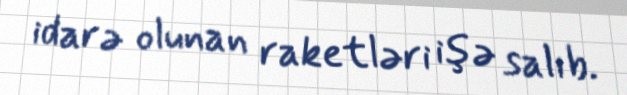
idarə olunan raketləri işə salıb.